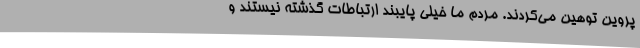
پروین توهین می‌کردند. مردم ما خیلی پایبند ارتباطات گذشته نیستند و